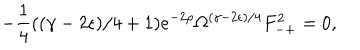
LaTeX: - \frac { 1 } { 4 } ( ( \gamma - 2 \epsilon ) / 4 + 1 ) e ^ { - 2 \rho } \Omega ^ { ( \gamma - 2 \epsilon ) / 4 } F _ { - + } ^ { 2 } = 0 ,